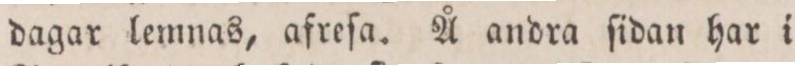
dagar lemnas, afreſa. Å andra ſidan har i